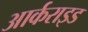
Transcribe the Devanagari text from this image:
आर्कराइड